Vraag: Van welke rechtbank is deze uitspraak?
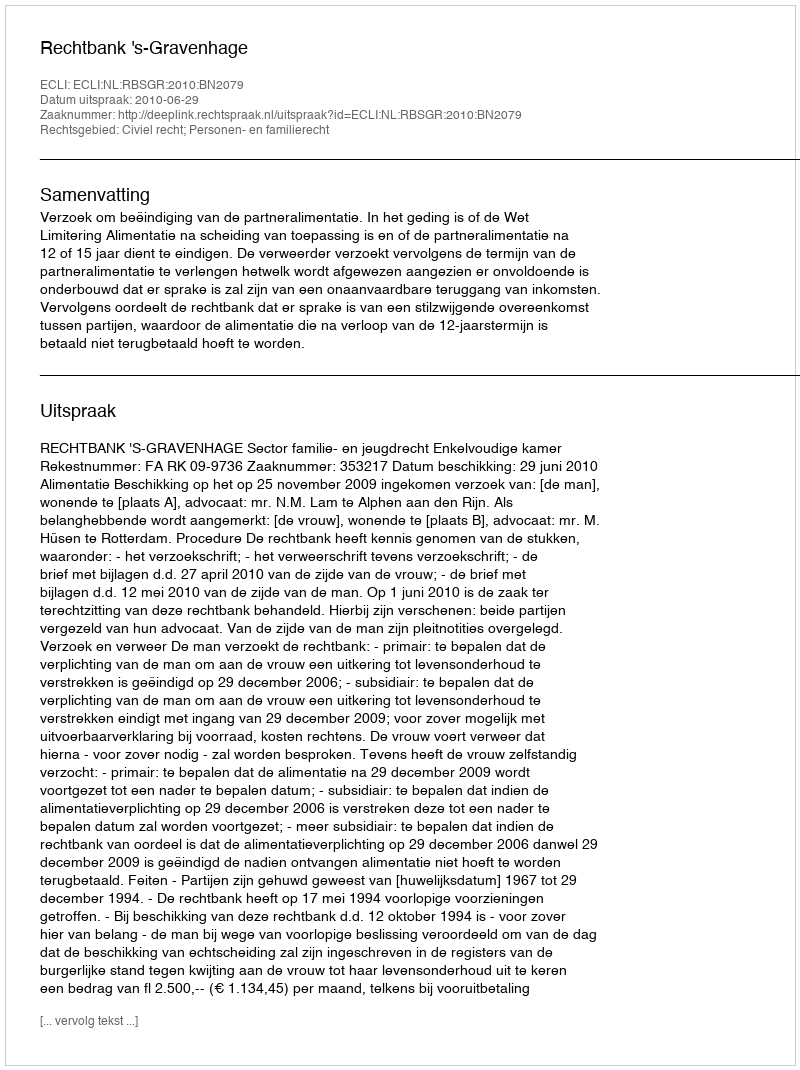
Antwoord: Rechtbank 's-Gravenhage